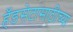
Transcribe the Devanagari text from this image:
हँडसेटांसाठीच्या